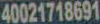
40021718691